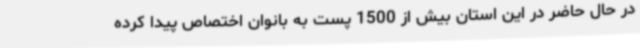
در حال حاضر در این استان بیش از 1500 پست به بانوان اختصاص پیدا کرده